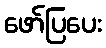
ဖော်ပြပေး